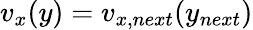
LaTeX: v_{x}(y)=v_{x,next}(y_{next})